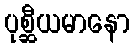
ပုစ္ဆီယမာနော